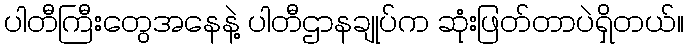
ပါတီကြီးတွေအနေနဲ့ ပါတီဌာနချုပ်က ဆုံးဖြတ်တာပဲရှိတယ်။